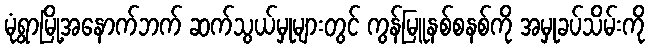
မုံရွာမြို့အနောက်ဘက် ဆက်သွယ်မှုများတွင် ကွန်မြူနစ်စနစ်ကို အမှုခပ်သိမ်းကို